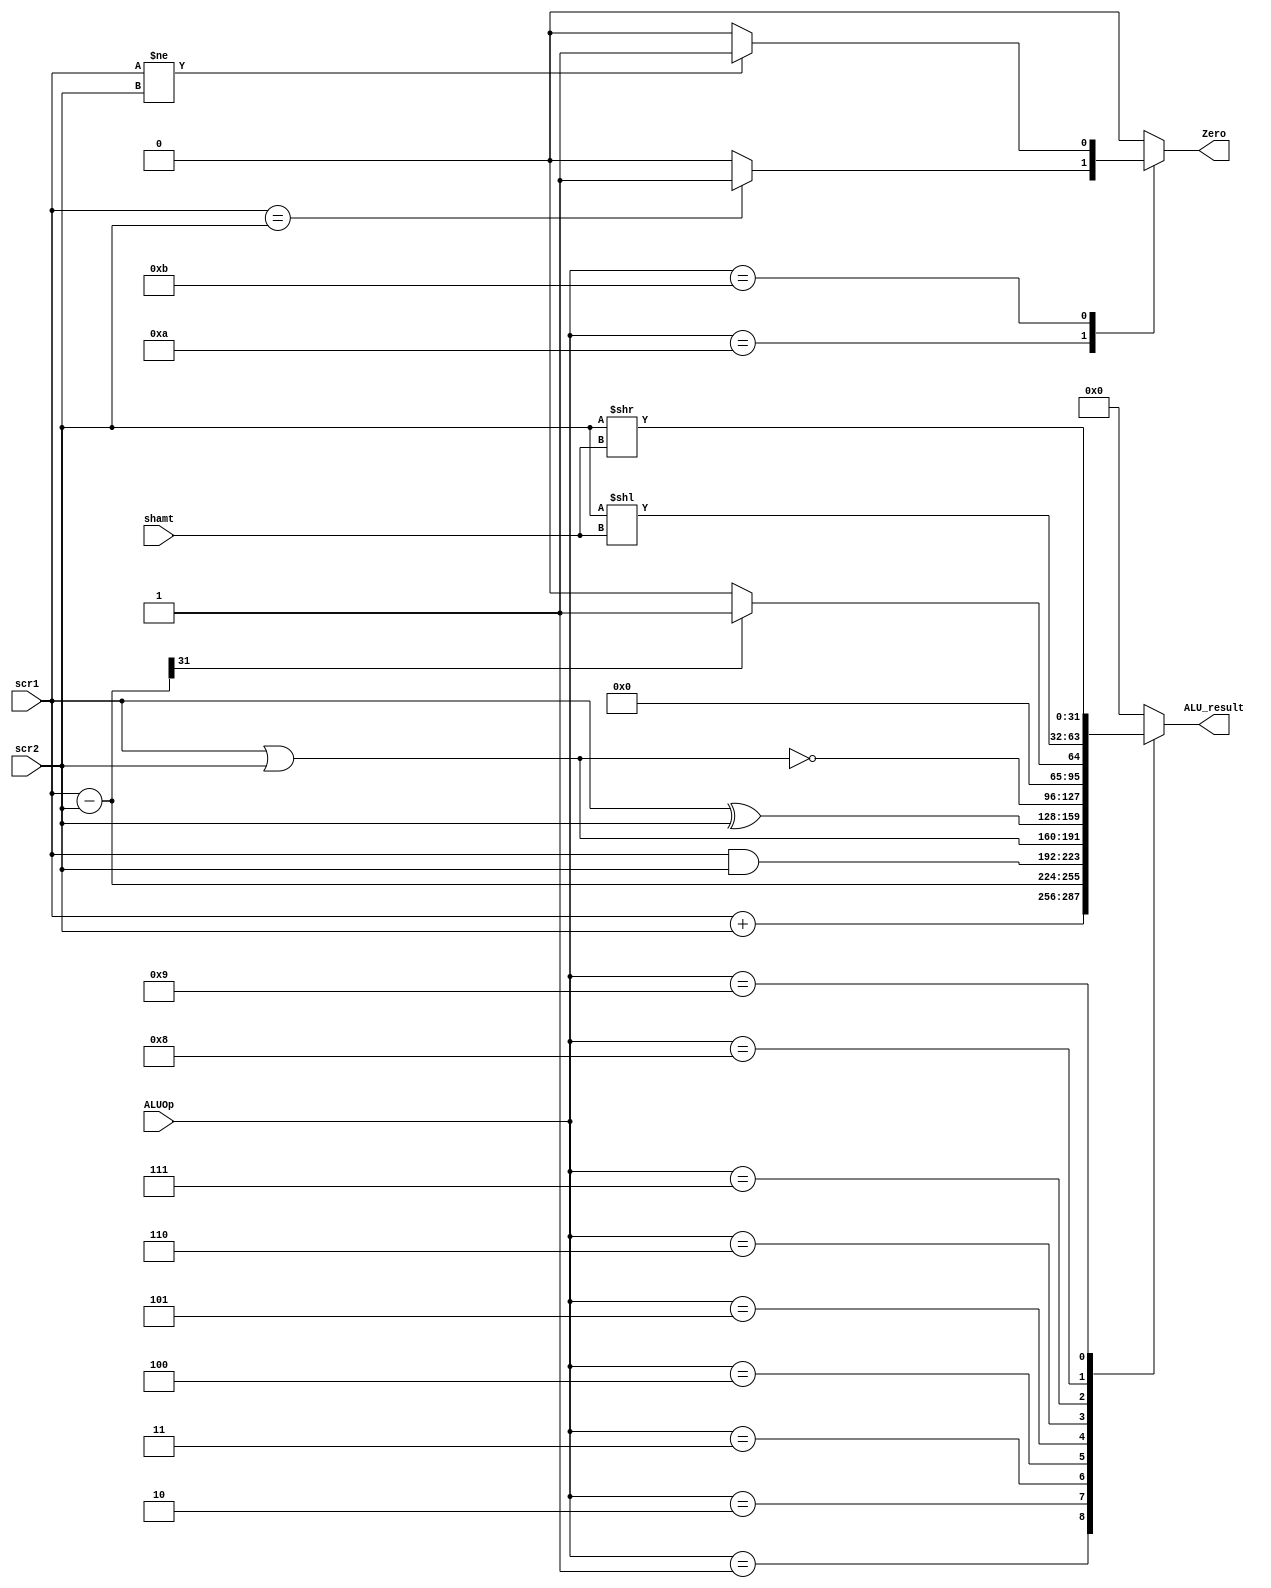
// ALU

module ALU ( ALUOp,
			 scr1,
			 scr2,
			 shamt,
			 ALU_result,
			 Zero);
	
	parameter bit_size = 32;
	
	input [3:0] ALUOp;
	input [bit_size-1:0] scr1;
	input [bit_size-1:0] scr2;
	input [4:0] shamt;
	
	output [bit_size-1:0] ALU_result;
	output Zero;
	reg [bit_size-1:0] ALU_result;
	reg Zero;
	
	wire [bit_size-1:0] sub_result;
	assign sub_result = scr1 - scr2;
	
	parameter //op_nop = 0,
			  op_add = 1,
			  op_sub = 2,
			  op_and = 3,
			  op_or  = 4,
			  op_xor = 5,
			  op_nor = 6,
			  op_slt = 7,
			  op_sll = 8,
			  op_srl = 9,
			  op_beq = 10,
			  op_bne = 11;
			
	always@ (*) begin
		ALU_result	 = 0;
		Zero		 = 0;
		case (ALUOp)
		//op_nop : 
		op_add : ALU_result = scr1 + scr2;
		op_sub : ALU_result = sub_result;
		op_and : ALU_result = scr1 & scr2;
		op_or  : ALU_result = scr1 | scr2;
		op_xor : ALU_result = scr1 ^ scr2;
		op_nor : ALU_result = ~(scr1 | scr2);
		op_slt : ALU_result = (sub_result[31]) ? 1 : 0;
		op_sll : ALU_result = scr2 << shamt;
		op_srl : ALU_result = scr2 >> shamt;
		op_beq : Zero = (scr1==scr2) ? 1 : 0;
		op_bne : Zero = (scr1!=scr2) ? 1 : 0;
		endcase // ALUOp
	end

endmodule